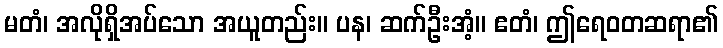
မတံ၊ အလိုရှိအပ်သော အယူတည်း။ ပန၊ ဆက်ဦးအံ့။ ဧတံ၊ ဤရေဝတဆရာ၏